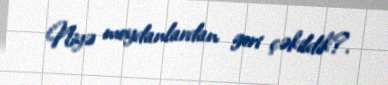
Niyə meydanlardan geri çəkildik?.